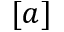
[ a ]